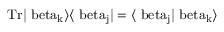
\mathrm { { T r } \vert \ b e t a _ { k } \rangle \langle \ b e t a _ { j } \vert = \langle \ b e t a _ { j } \vert \ b e t a _ { k } \rangle }